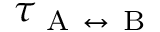
\tau _ { \mathrm { ~ A ~ } \leftrightarrow \mathrm { ~ B ~ } }